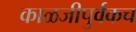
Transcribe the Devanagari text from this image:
काळजीपुर्वकच